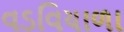
વડવિયાળા